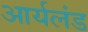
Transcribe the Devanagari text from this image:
आर्यलंड